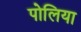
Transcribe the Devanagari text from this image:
पोलिया